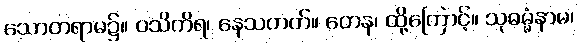
သောတရာမ၌။ ဝသိကိရ၊ နေသတတ်။ တေန၊ ထို့ကြောင့်။ သုဓမ္မံနာမ၊